Annual statistical returns and brief notes on vaccination in Bengal - 1909-1929
Year: 1909
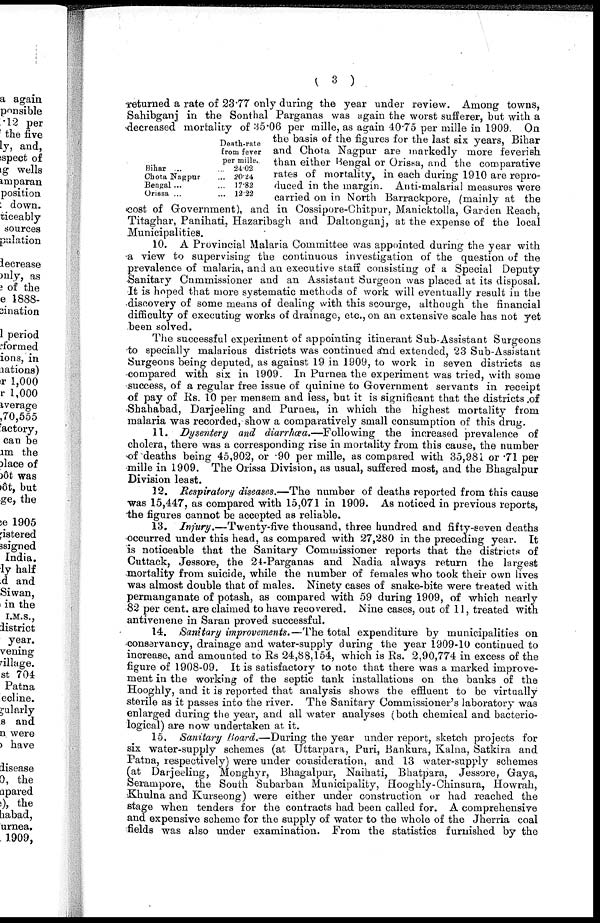
( 3 )
returned a rate of 23.77 only during the year under review. Among towns,
Sahibganj in the Sonthal Parganas was again the worst sufferer, but with a
decreased mortality of 35.06 per mille, as again 40.75 per mille in 1909. On
the basis of the figures for the last six years, Bihar
and Chota Nagpur are markedly more feverish
than either Bengal or Orissa, and the comparative
rates of mortality, in each during 1910 are repro-
duced in the margin. Anti-malarial measures were
carried on in North Barrackpore, (mainly at the
cost of Government), and in Cossipore-Chitpur, Manicktolla, Garden Reach,
Titaghar, Panihati, Hazaribagh and Daltonganj, at the expense of the local
Municipalities.
Bihar ... ...
Chota Nagpur ... ...
Bengal... ...
Orissa ... ...
Death-rate
from fever
per mille.
24.02
20.24
17.82
12.22
10. A Provincial Malaria Committee was appointed during the year with
a view to supervising the continuous investigation of the question of the
prevalence of malaria, and an executive staff consisting of a Special Deputy
Sanitary Cammissioner and an Assistant Surgeon was placed at its disposal.
It is hoped that more systematic methods of work will eventually result in the
discovery of some means of dealing with this scourge, although the financial
difficulty of executing works of drainage, etc., on an extensive scale has not yet
been solved.
The successful experiment of appointing itinerant Sub-Assistant Surgeons
to specially malarious districts was continued and extended, 23 Sub-Assistant
Surgeons being deputed, as against 19 in 1909, to work in seven districts as
compared with six in 1909. In Purnea the experiment was tried, with some
success, of a regular free issue of quinine to Government servants in receipt
of pay of Rs. 10 per mensem and less, but it is significant that the districts of
Shahabad, Darjeeling and Purnea, in which the highest mortality from
malaria was recorded, show a comparatively small consumption of this drug.
11. Dysentery and diarrhœa.—Following the increased prevalence of
cholera, there was a corresponding rise in mortality from this cause, the number
of deaths being 45,902, or .90 per mille, as compared with 35,981 or .71 per
mille in 1909. The Orissa Division, as usual, suffered most, and the Bhagalpur
Division least.
12. Respiratory diseases.—The number of deaths reported from this cause
was 15,447, as compared with 15,071 in 1909. As noticed in previous reports,
the figures cannot be accepted as reliable.
13. Injury.—Twenty-five thousand, three hundred and fifty-seven deaths
occurred under this head, as compared with 27,280 in the preceding year. It
is noticeable that the Sanitary Commissioner reports that the districts of
Cuttack, Jessore, the 24-Parganas and Nadia always return the largest
mortality from suicide, while the number of females who took their own lives
was almost double that of males. Ninety cases of snake-bite were treated with
permanganate of potash, as compared with 59 during 1909, of which nearly
82 per cent. are claimed to have recovered. Nine cases, out of 11, treated with
antivenene in Saran proved successful.
14. Sanitary improvements.—The total expenditure by municipalities on
conservancy, drainage and water-supply during the year 1909-10 continued to
increase, and amounted to Rs 24,88,154, which is Rs. 2,90,774 in excess of the
figure of 1908-09. It is satisfactory to note that there was a marked improve-
ment in the working of the septic tank installations on the banks of the
Hooghly, and it is reported that analysis shows the effluent to be virtually
sterile as it passes into the river. The Sanitary Commissioner's laboratory was
enlarged during the year, and all water analyses (both chemical and bacterio-
logical) are now undertaken at it.
15. Sanitary Board.—During the year under report, sketch projects for
six water-supply schemes (at Uttarpara, Puri, Bankura, Kalna, Satkira and
Patna, respectively) were under consideration, and 13 water-supply schemes
(at Darjeeling, Monghyr, Bhagalpur, Naihati, Bhatpara, Jessore, Gaya,
Serampore, the South Subarban Municipality, Hooghly-Chinsura, Howrah,
Khulna and Kurseong) were either under construction or had reached the
stage when tenders for the contracts had been called for. A comprehensive
and expensive scheme for the supply of water to the whole of the Jherria coal
fields was also under examination. From the statistics furnished by the